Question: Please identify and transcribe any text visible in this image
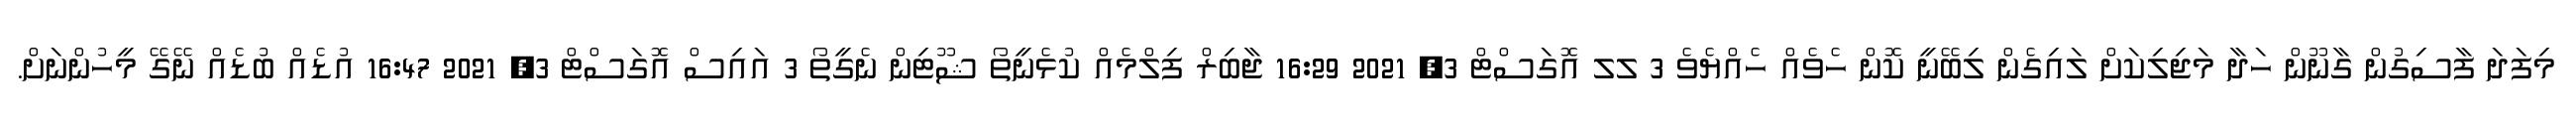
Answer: މިފަދަ ފާސިގުން ގާނޫން ހަދާ މަޖިލިކަށް ލައިގެން ލިބޭނީ ކޮން ހެވެއް ހެއްޔެވެ 3 ލލ އޮގަސްޓް 3, 2021 16:29 ޖާބިރް ފިލްމެއް ކުޅެނީތޯ ޝޫޓިން ނެގީތޯ 3 އައިސް އޮގަސްޓް 3, 2021 16:47 އުޑެއް ބުޑެއް ނޭގޭ މީހުންނަށް.